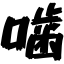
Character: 噛